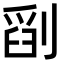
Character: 𠞞